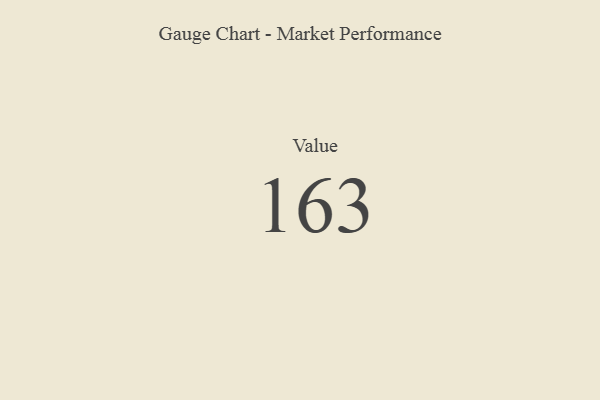
{"axis": {"x": "Metric", "y": "Value"}, "legend": [""], "data": [{"x": "Value", "y": 163, "type": ""}]}